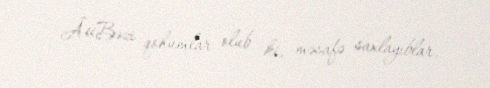
Â«Bəzi qohumlar olub ki, məsafə saxlayıblar.